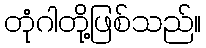
တုံဂါတို့ဖြစ်သည်။